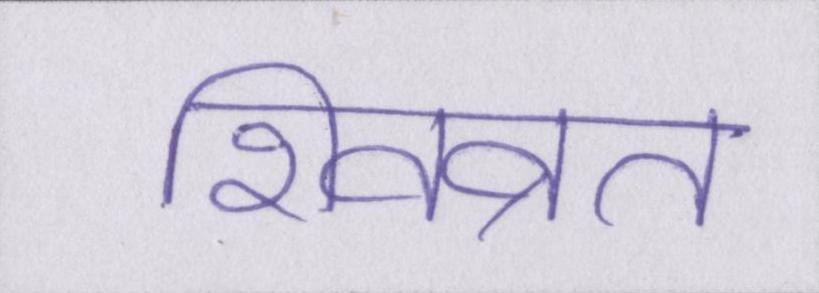
शिवव्रत